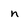
Character: n